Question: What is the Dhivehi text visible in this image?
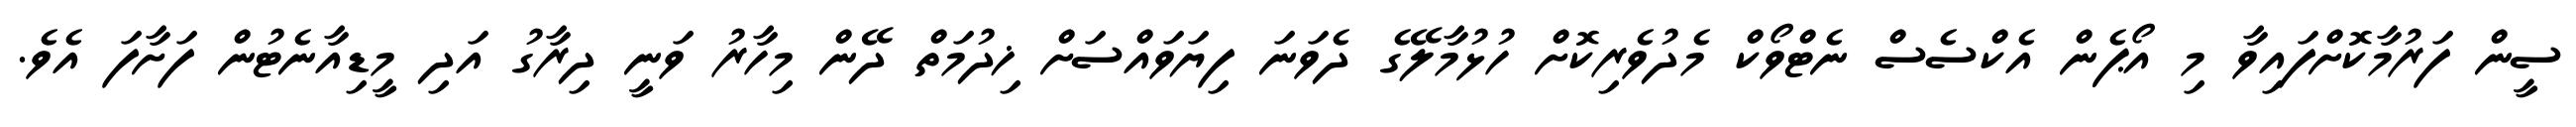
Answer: ސީން ފަރުމާކޮށްފައިވާ މި އޯޕެން އެކްސެސް ނެޓްވޯކް މެދުވެރިކޮށް ހުޅުމާލޭގެ ދެވަނަ ފިޔަވައްސަށް ޚިދުމަތް ދޭން މިހާރު ވަނީ ދިރާގު އަދި މީޑިއާނެޓުން ފަށާފަ އެވެ.